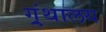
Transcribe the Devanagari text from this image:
ग्र्ंथालय